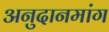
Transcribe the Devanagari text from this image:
अनुदानमांग